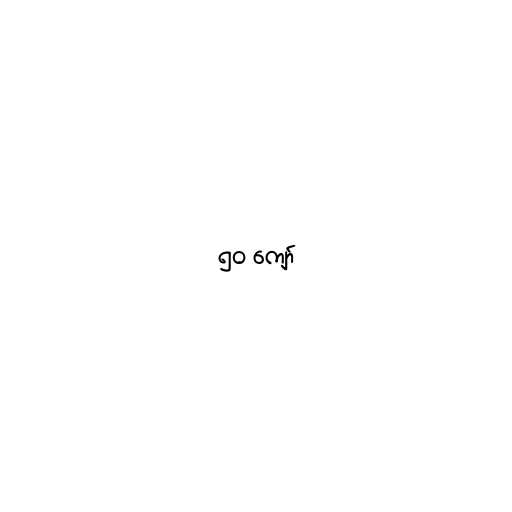
၅၀ ကျော်